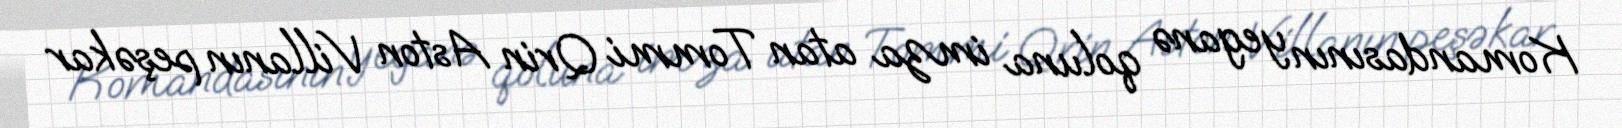
Komandasının yeganə qoluna imza atan Tommi Qrin Aston Villanın peşəkar